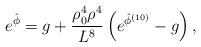
LaTeX: \begin{align*}{e^{\hat \phi} = g + { \rho_0^4 \rho^4\over L^8} \left(e^{\hat \phi^{(10)}} - g \right),}\end{align*}